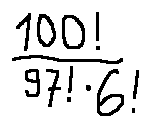
\frac { 1 0 0 ! } { 9 7 ! \cdot 6 ! }